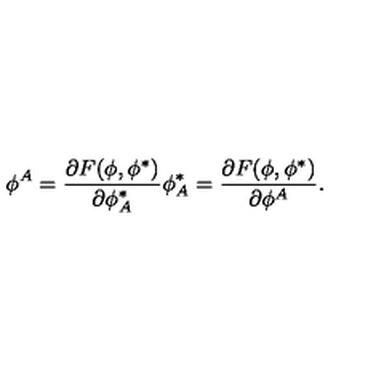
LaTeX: \phi ^ { A } = \frac { \partial F ( \phi , \phi ^ { * } ) } { \partial \phi _ { A } ^ { * } } \phi _ { A } ^ { * } = \frac { \partial F ( \phi , \phi ^ { * } ) } { \partial \phi ^ { A } } .